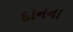
દાનના